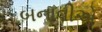
બનાવીએ